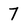
Character: 7